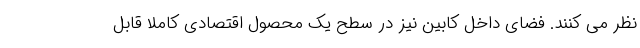
نظر می کنند. فضای داخل کابین نیز در سطح یک محصول اقتصادی کاملا قابل